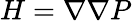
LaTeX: H=\nabla\nabla P